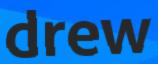
drew